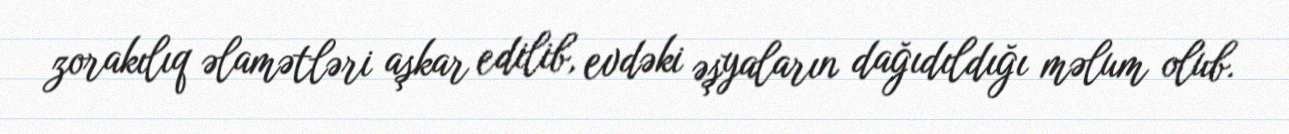
zorakılıq əlamətləri aşkar edilib, evdəki əşyaların dağıdıldığı məlum olub.